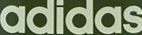
adidas